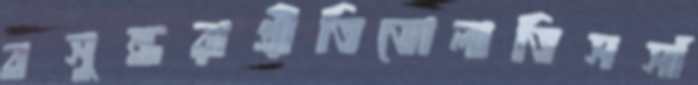
বসুন্ধরাপ্রীতিভোলাতিসসাঁ